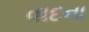
વાદના